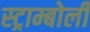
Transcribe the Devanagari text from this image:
स्ट्राम्बोली